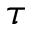
\tau